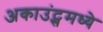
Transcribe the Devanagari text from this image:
अकाउंट्समध्ये